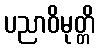
ပညာဝိမုတ္တိ